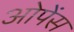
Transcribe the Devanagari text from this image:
ओपेंस